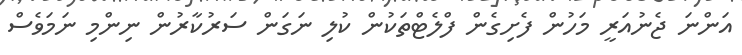
އަންނަ ޖެނުއަރީ މަހުން ފެށިގެން ފްލެޓްތަކުން ކުލި ނަގަން ސަރުކާރުން ނިންމި ނަމަވެސް